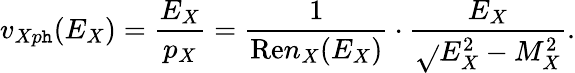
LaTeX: v_{Xp\mathtt{h}}(E_{X})=\frac{{E_{X}}}{{p_{X}}}=\frac{{1}}{{\mathrm{{Re}}n_{X}(E_{X})}}\cdot\frac{{E_{X}}}{{\sqrt{}{{E_{X}^{2}-M_{X}^{2}}}}}.